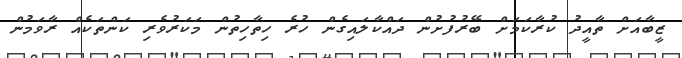
ޒީބާއަށް ތާއީދު ކުރާކަމަށް ބޭރުފުށުން ދައްކާލައިގެން ހުރެ ހިތާހިތުން މަކަރުވެރި ކަންތަކެއް ރާވަމުން